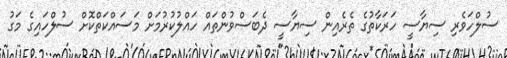
ސުލްހަވެރި ސިޔާސީ ހަރަކާތުގެ ތެރެއިން ސިޔާސީ ދެބަސްވުންތައް ހައްލުކުރުމަށް މަސައްކަތްކޮށް ސުލްހައިގެ މަގު